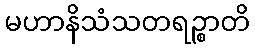
မဟာနိသံသတရဉ္စာတိ